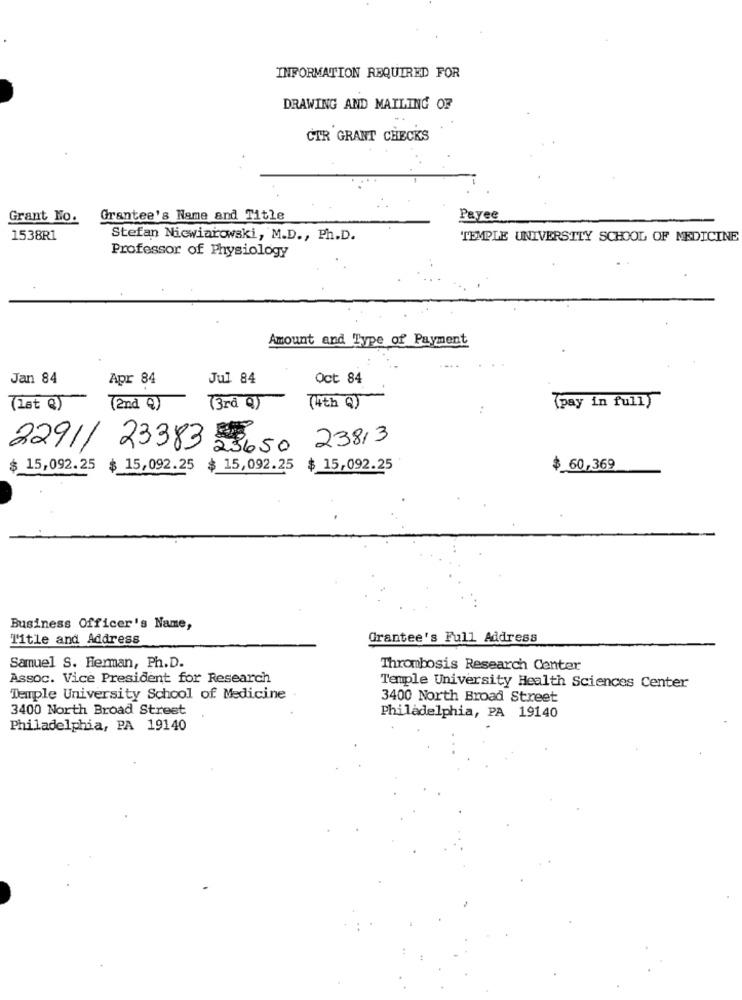
INFORMATION REQUIRED FOR
DRAWING AND MAILING OF
CTR GRANT CHECKS
Grant No.
Grantee's Name and Title
Payee
1538R1
Stefan Niewiarowski, M.D ., Ph.D.
TEMPLE UNIVERSITY SCHOOL OF MEDICINE
Professor of Physiology
Amount and Type of Payment
Jan 84
Apr 84
Jul 84
Oct 84
(1st @)
(2nd Q)
(3rd Q)
(4th Q)
(pay in full)
23650 23813
2291/ 23383
$ 15,092.25 $ 15,092.25
$ 15,092.25 $ 15,092.25
$ 60,369
Business Officer's Name,
Title and Address
Grantee's Full Address
Samuel S. Herman, Ph.D.
Thrombosis Research Center
Assoc. Vice President for Research
Temple University Health Sciences Center
Temple University School of Medicine .
3400 North Broad Street
3400 North Broad Street
Philadelphia, PA 19140
Philadelphia, PA 19140